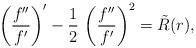
LaTeX: \begin{align*}\left( \frac{f''}{f'} \right)' - { 1 \over 2 } \, \left( \frac{f''}{f'}\right)^2 = \tilde{R}(r), \end{align*}